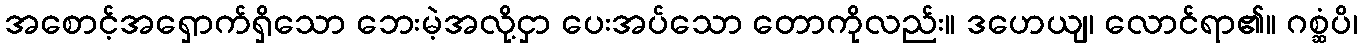
အစောင့်အရှောက်ရှိသော ဘေးမဲ့အလို့ငှာ ပေးအပ်သော တောကိုလည်း။ ဒဟေယျ၊ လောင်ရာ၏။ ဂစ္ဆံပိ၊